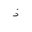
Letter: _thal